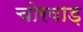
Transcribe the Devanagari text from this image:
चोरवाड़